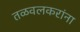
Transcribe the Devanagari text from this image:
तळवलकरांना